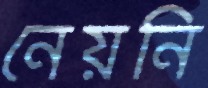
নেয়নি